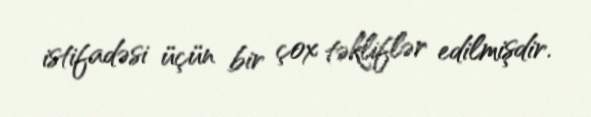
istifadəsi üçün bir çox təkliflər edilmişdir.